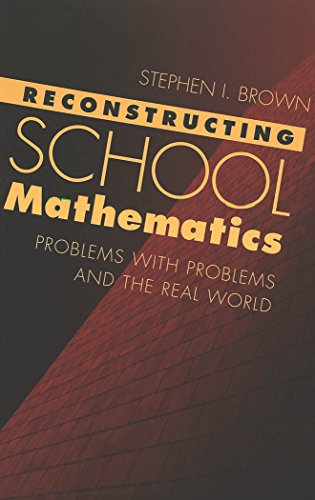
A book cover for Reconstructing School Mathematics: Problems with Problems and the Real  World; Stephen I. Brown; Science & Math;